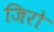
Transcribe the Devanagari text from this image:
जिरो